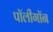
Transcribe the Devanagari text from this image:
पॉलीगॉन